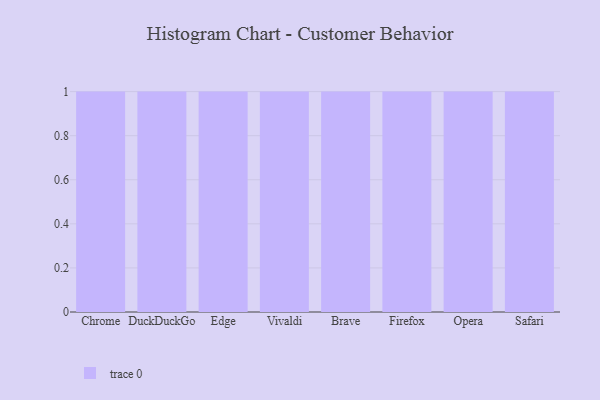
{"axis": {"x": "Browser", "y": "Waste Production (Tons)"}, "legend": [""], "data": [{"x": "Chrome", "y": 87, "type": ""}, {"x": "DuckDuckGo", "y": 79, "type": ""}, {"x": "Edge", "y": 78, "type": ""}, {"x": "Vivaldi", "y": 17, "type": ""}, {"x": "Brave", "y": 24, "type": ""}, {"x": "Firefox", "y": 73, "type": ""}, {"x": "Opera", "y": 44, "type": ""}, {"x": "Safari", "y": 4, "type": ""}]}